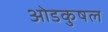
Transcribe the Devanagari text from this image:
ओडकुषल